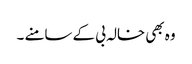
وہ بھی خالہ بی کے سامنے ۔